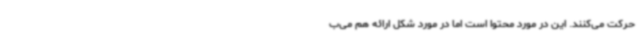
حرکت می‌کنند. این در مورد محتوا است اما در مورد شکل ارائه هم می‌ب